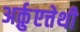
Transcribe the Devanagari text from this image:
अर्क़ुएत्तेथी